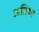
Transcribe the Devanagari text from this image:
अतिथ्य